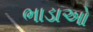
ભાડાઓ